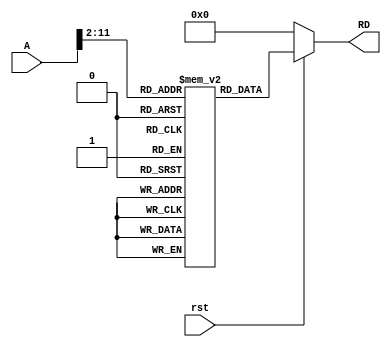
module Instr_Mem (A,RD,rst);
input rst;
input [15:0]A;
output [15:0]RD;

reg [15:0] mem [1023:0];

assign RD = (~rst) ? {16{1'b0}} : mem[A[15:2]];


initial begin

  mem[0] = 16'b0000100100000100; // addi $4,$Zero,04
  //           Fun  RD RT RS OP  // RD = RS (Operator) RT
  mem[1] = 16'b0000101100110000; // add $5,$6,$4
  // mem[0] = 16'b0000001011010000; // add $1,$2,$3
  mem[2] = 16'b0001001011010000; // sub $1,$2,$3
  mem[3] = 16'b0010001011010000; // and $1,$2,$3
  mem[4] = 16'b0011001011010000; // or $1,$2,$3
  mem[5] = 16'b0000101100110000; // add $5,$6,$4
  mem[6] = 16'b0000000101000010; // sw $5,M[0]
  mem[7] = 16'b0000000000000011; // Jump 0
end

endmodule